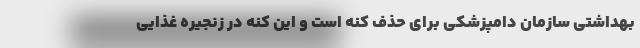
بهداشتی سازمان دامپزشکی برای حذف کنه است و این کنه در زنجیره غذایی